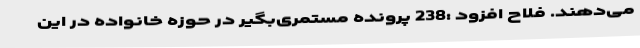
می‌دهند. فلاح افزود :238 پرونده مستمری‌بگیر در حوزه خانواده در این